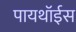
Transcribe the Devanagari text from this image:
पायथॉईस